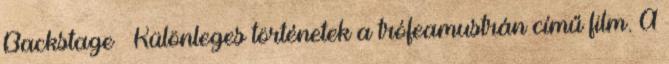
Backstage – Különleges történetek a trófeamustrán című film. A